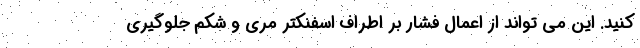
کنید. این می تواند از اعمال فشار بر اطراف اسفنکتر مری و شکم جلوگیری